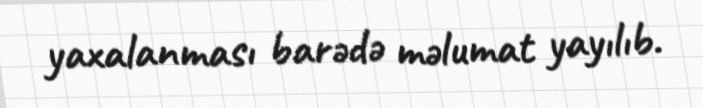
yaxalanması barədə məlumat yayılıb.